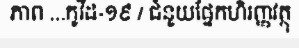
ភាព ...កូវីដ-១៩ / ជំនួយផ្នែកហិរញ្ញវត្ថុ